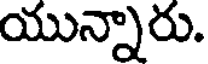
యున్నారు.